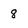
Character: 8